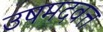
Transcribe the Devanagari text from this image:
उषमदवत्त